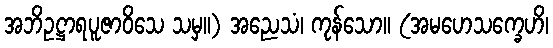
အဘိဥဋ္ဌာရပူဇာဝိသေ သမှ။) အညေသံ၊ ကုန်သော။ (အမဟေသက္ခေဟိ၊